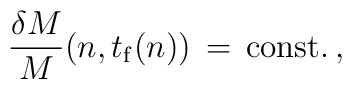
{{\delta M} \over M}\bigl(n, t_{\rm f}(n)\bigr) \, = \, {\rm const.} \, ,